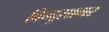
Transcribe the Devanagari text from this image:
बिन्दूसागर